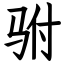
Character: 驸